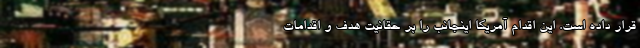
قرار داده است. این اقدام آمریکا اینجانب را بر حقانیت هدف و اقدامات